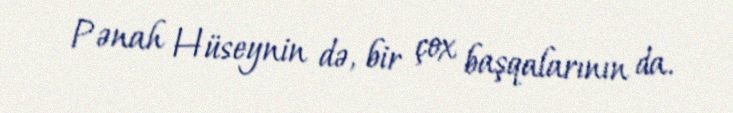
Pənah Hüseynin də, bir çox başqalarının da.